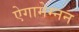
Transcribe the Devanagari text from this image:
ऐगामेम्नन